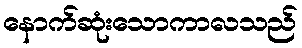
နောက်ဆုံးသောကာလသည်